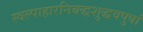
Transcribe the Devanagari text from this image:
स्वल्पाहारनिबद्धशुद्धवपुषां